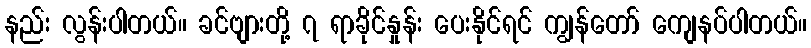
နည်း လွန်းပါတယ်။ ခင်ဗျားတို့ ၇ ရာခိုင်နှုန်း ပေးနိုင်ရင် ကျွန်တော် ကျေနပ်ပါတယ်။